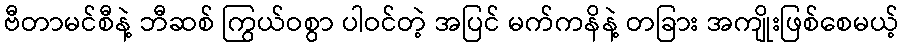
ဗီတာမင်စီနဲ့ ဘီဆစ် ကြွယ်ဝစွာ ပါဝင်တဲ့ အပြင် မက်ကနိနဲ့ တခြား အကျိုးဖြစ်စေမယ့်